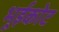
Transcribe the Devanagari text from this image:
भूईकोट